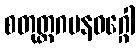
စတုတ္ထဂမနဝဂ္ဂေါ